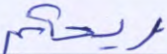
ريحكم